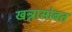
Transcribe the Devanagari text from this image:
खन्नासोबत